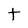
Character: t